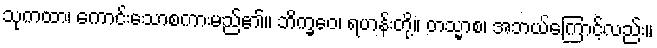
သုကထာ၊ ကောင်းသောစကားမည်၏။ ဘိက္ခဝေ၊ ရဟန်းတို့။ တသ္မာစ၊ အဘယ်ကြောင့်လည်း။